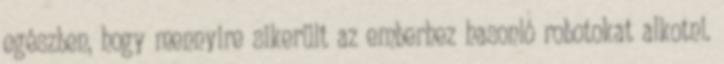
egészben, hogy mennyire sikerült az emberhez hasonló robotokat alkotni.